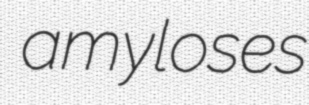
amyloses